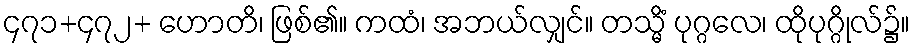
၄၇၁+၄၇၂+ ဟောတိ၊ ဖြစ်၏။ ကထံ၊ အဘယ်လျှင်။ တသ္မိံ ပုဂ္ဂလေ၊ ထိုပုဂ္ဂိုလ်၌။